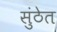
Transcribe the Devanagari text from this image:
सुंठेत